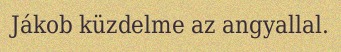
Jákob küzdelme az angyallal.